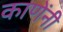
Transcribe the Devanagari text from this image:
काणेंनी